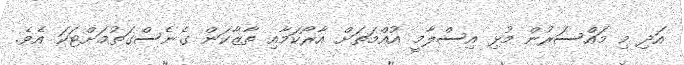
އަދި މި މައްސަރުން މުޅި އިސްލާމީ އުއްމަތަށް އާރޯކަމާއި ތާޒާކަން ގެނެސްގަތުމަށްޓަކަ އެވެ.